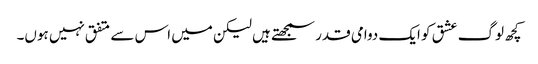
کچھ لوگ عشق کو ایک دوامی قدر سمجھتے ہیں لیکن میں اس سے متفق نہیں ہوں۔